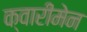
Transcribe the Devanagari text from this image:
क्वारीमेन